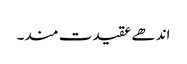
اندھے عقیدت مند۔